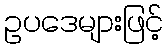
ဥပဒေများဖြင့်